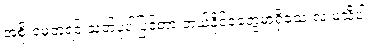
အစိုးရမတူရင် သတ်ပုံပါပြင်တာ ဘယ်နိုင်ငံတွေမှာရှိသေးလဲ မသိပါ။